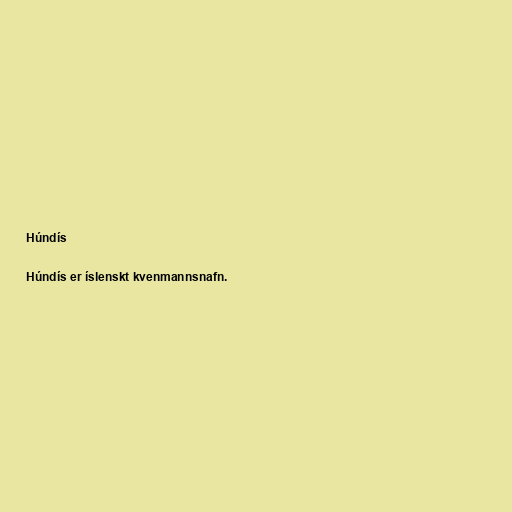
Húndís

Húndís er íslenskt kvenmannsnafn.